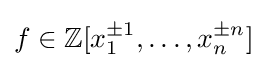
f\in \mathbb {Z} [x_{1}^{\pm 1},\dots ,x_{n}^{\pm n}]